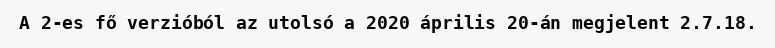
A 2-es fő verzióból az utolsó a 2020 április 20-án megjelent 2.7.18.